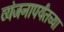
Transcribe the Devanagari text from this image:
व्यंजनापर्यंतच्या